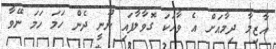
އާޒިމާ ދިމާއަށް އެ ވާހަކަ ގޮވާލާފައި ނޫނީ ދެން ހަމަ ހަމަ ނޭވާ